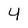
Character: 4